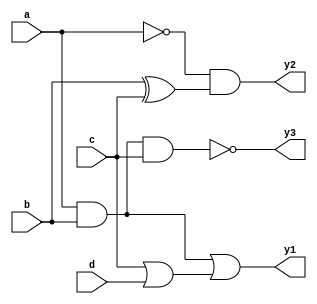
module combinational_logic (
    input wire a,        // Input signal a
    input wire b,        // Input signal b
    input wire c,        // Input signal c
    input wire d,        // Input signal d
    output wire y1,      // Output signal y1
    output wire y2,      // Output signal y2
    output wire y3       // Output signal y3
);

// Intermediate wires for internal connections
wire and_out;
wire or_out;
wire not_out;
wire xor_out;

// Logic Gates
assign and_out = a & b;           // AND logic
assign or_out = c | d;            // OR logic
assign not_out = ~a;              // NOT logic
assign xor_out = b ^ c;           // XOR logic

// Output assignments based on internal logic
assign y1 = and_out | or_out;     // y1 = (a AND b) OR (c OR d)
assign y2 = not_out & xor_out;     // y2 = (NOT a) AND (b XOR c)
assign y3 = ~(and_out & c);       // y3 = NOT((a AND b) AND c)

endmodule